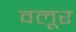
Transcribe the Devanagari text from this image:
वलूर